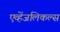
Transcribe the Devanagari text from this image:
एव्हेंजलिकल्स